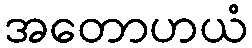
အတောဟယံ